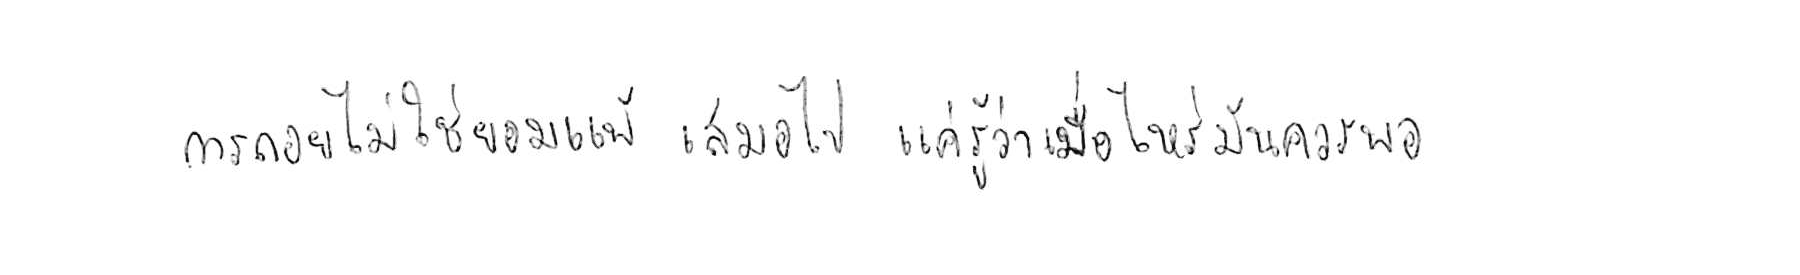
การถอย ไม่ใช่ยอมแพ้ เสมอไป แค่รู้ว่าเมื่อไหร่ มันควรพอ